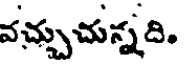
వచ్చుచున్నది.